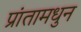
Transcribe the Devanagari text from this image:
प्रांतामधुन